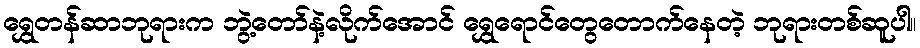
ရွှေတန်ဆာဘုရားက ဘွဲ့တော်နဲ့လိုက်အောင် ရွှေရောင်တွေတောက်နေတဲ့ ဘုရားတစ်ဆူပါ။